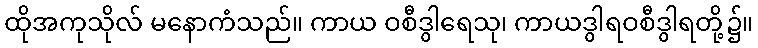
ထိုအကုသိုလ် မနောကံသည်။ ကာယ ဝစီဒွါရေသု၊ ကာယဒွါရဝစီဒွါရတို့၌။